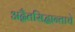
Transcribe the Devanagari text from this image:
अद्वैतसिद्धान्ताचे